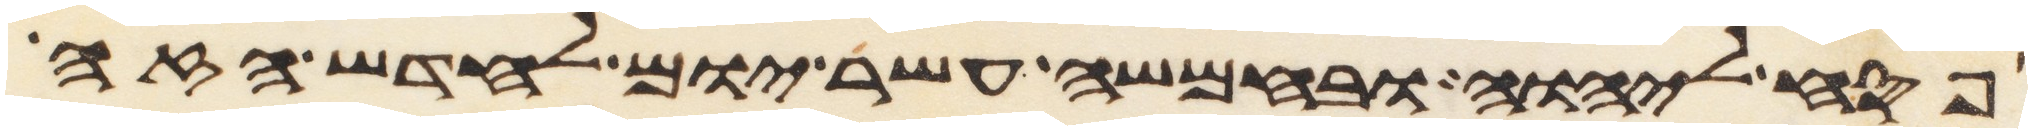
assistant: פסח ליהוה ובחמשה עשר יום לחדש הזה